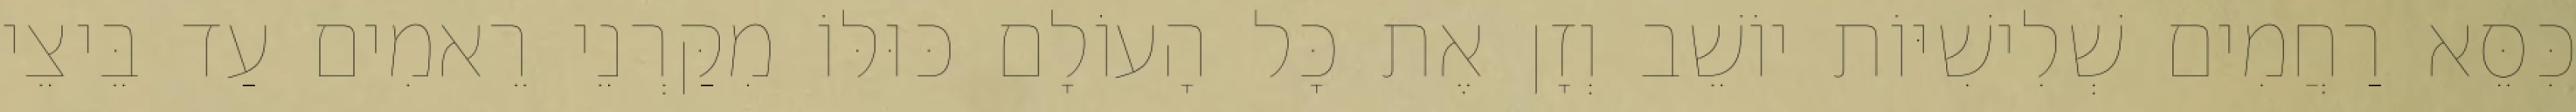
כִּסֵּא רַחֲמִים שְׁלִישִׁיּוֹת יוֹשֵׁב וְזָן אֶת כָּל הָעוֹלָם כּוּלּוֹ מִקַּרְנֵי רֵאמִים עַד בֵּיצֵי